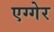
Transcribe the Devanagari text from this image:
एग्गेर